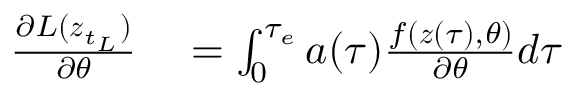
\begin{array} { r l } { \frac { \partial L ( \ensuremath { \boldsymbol { z } } _ { t _ { L } } ) } { \partial \theta } } & { { } = \int _ { 0 } ^ { \tau _ { e } } \ensuremath { \boldsymbol { a } } ( \tau ) \frac { f ( \ensuremath { \boldsymbol { z } } ( \tau ) , \theta ) } { \partial \theta } d \tau } \end{array}